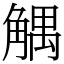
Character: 䚤